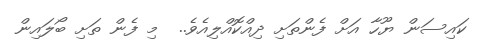
ކައިސަން ޔޫހާ އަށް ފެންތަށި ދިއްކޮއްލިއެވެ..  މި ފެން ތަށި ބޯލައިން